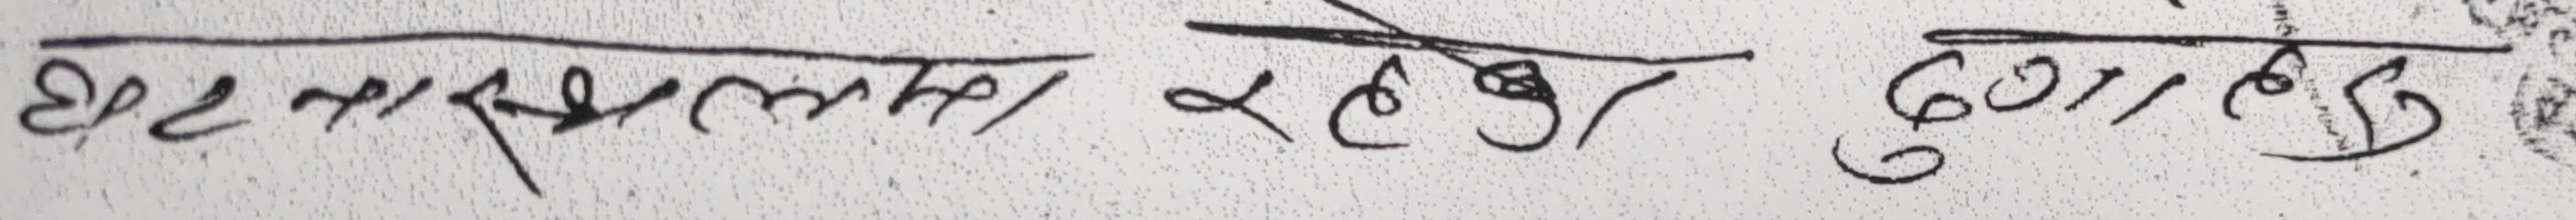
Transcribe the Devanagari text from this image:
छटानास्तिकता रहेज्ञे ढुर्गुलुँछ